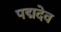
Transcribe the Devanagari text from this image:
पद्मदेव